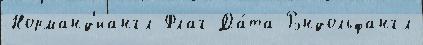
Норманд'иангл Флаг Да́та Рэндольфангл